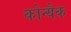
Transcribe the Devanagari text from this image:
कोन्यैक